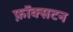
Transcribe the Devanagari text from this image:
फ़ॉक्सटन